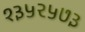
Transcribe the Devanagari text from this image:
१३५२५७३